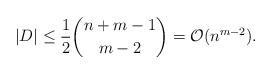
LaTeX: \begin{align*}|D| \leq \frac{1}{2} \binom{n+m-1}{m-2}= \mathcal{O}(n^{m-2}).\end{align*}